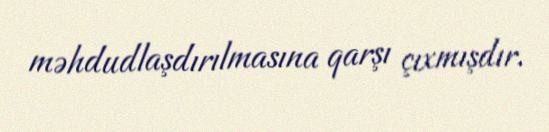
məhdudlaşdırılmasına qarşı çıxmışdır.